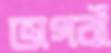
ভাগবাঁ